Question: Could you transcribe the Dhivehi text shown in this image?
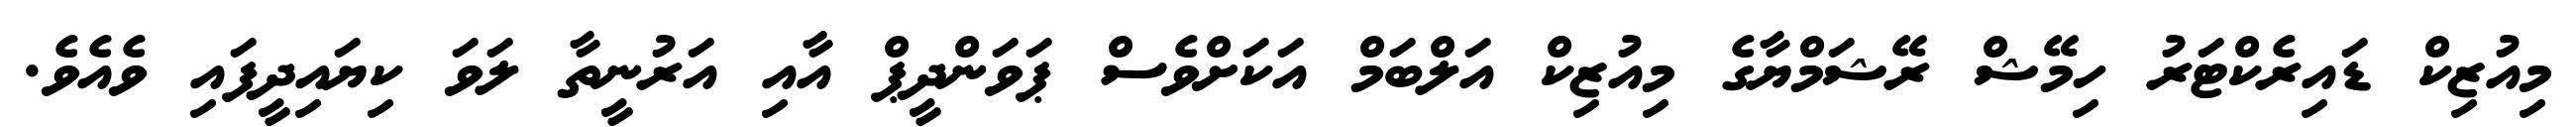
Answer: މިއުޒިކް ޑައިރެކްޓަރު ހިމޭޝް ރޭޝަމްޔާގެ މިއުޒިކް އަލްބަމް އަކަށްވެސް ޕަވަންދީޕް އާއި އަރުނީތާ ލަވަ ކިޔައިދީފައި ވެއެވެ.